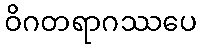
ဝိဂတရာဂဿပေ